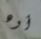
أوه